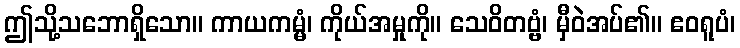
ဤသို့သဘောရှိသော။ ကာယကမ္မံ၊ ကိုယ်အမှုကို။ သေဝိတဗ္ဗံ၊ မှီဝဲအပ်၏။ ဧဝရူပံ၊